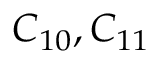
C _ { 1 0 } , C _ { 1 1 }